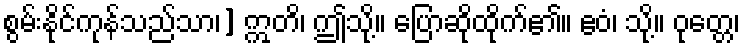
စွမ်းနိုင်ကုန်သည်သာ၊] ဣတိ၊ ဤသို့။ ပြောဆိုထိုက်၏။ ဧဝံ၊ သို့။ ဝုတ္တေ၊